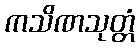
ကသိဏသုတ္တံ